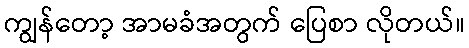
ကျွန်တော့ အာမခံအတွက် ပြေစာ လိုတယ်။